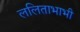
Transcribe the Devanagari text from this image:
ललिताभाभी